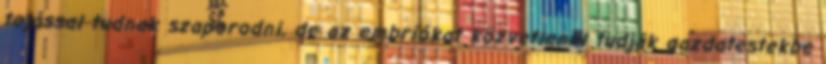
tojással tudnak szaporodni, de az embriókat közvetlenül tudják gazdatestekbe